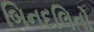
બિનદલિતો